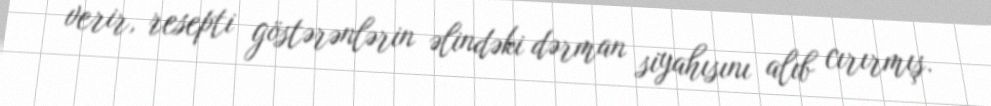
verir, resepti göstərənlərin əlindəki dərman siyahısını alıb cırırmış.